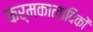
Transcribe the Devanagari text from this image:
कर्मकालादिकों